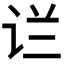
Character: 𰵟